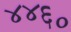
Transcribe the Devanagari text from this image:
४४६०